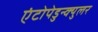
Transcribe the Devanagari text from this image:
एंटोपेडुन्क्युलर